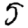
Digit: 5